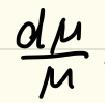
\frac{d\mu}{M}